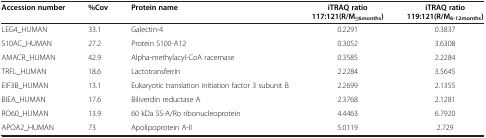
| Accession number | %Cov | Protein name | iTRAQ ratio 117:121(R/M≤6months) | iTRAQ ratio 119:121(R/M6-12months) |
 | --- | --- | --- | --- | --- |
 | LEG4_HUMAN | 33.1 | Galectin-4 | 0.2291 | 0.3837 |
 | S10AC_HUMAN | 27.2 | Protein S100-A12 | 0.3052 | 3.6308 |
 | AMACR_HUMAN | 42.9 | Alpha-methylacyl-CoA racemase | 0.3585 | 2.2284 |
 | TRFL_HUMAN | 18.6 | Lactotransferrin | 2.2284 | 3.5645 |
 | EIF3B_HUMAN | 13.1 | Eukaryotic translation initiation factor 3 subunit B | 2.2699 | 2.1355 |
 | BIEA_HUMAN | 17.6 | Biliverdin reductase A | 2.3768 | 2.1281 |
 | RO60_HUMAN | 13.9 | 60 kDa SS-A/Ro ribonucleoprotein | 4.4463 | 6.7920 |
 | APOA2_HUMAN | 73 | Apolipoprotein A-II | 5.0119 | 2.729 |